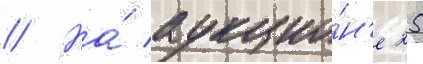
// На́ аукцио́н'е 25